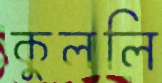
কুললি